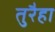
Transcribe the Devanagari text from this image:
तुरैहा